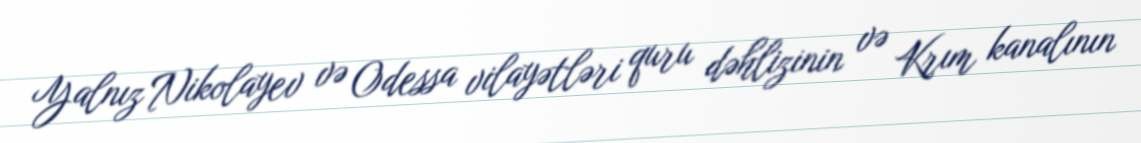
Yalnız Nikolayev və Odessa vilayətləri quru dəhlizinin və Krım kanalının